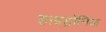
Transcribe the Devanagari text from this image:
हाइड्रोनिक